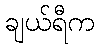
ချယ်ရီက